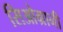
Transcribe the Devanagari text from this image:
सिओग्रानी